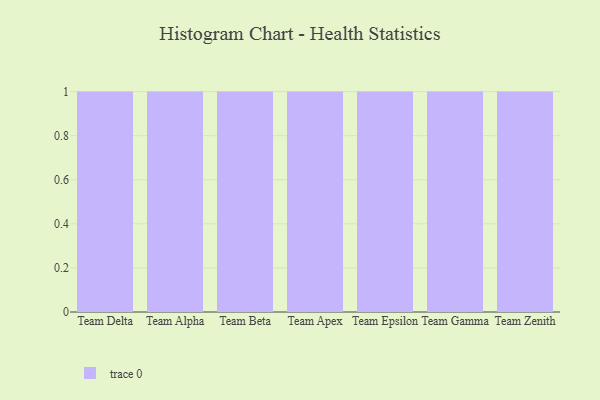
{"axis": {"x": "Team", "y": "Page Views"}, "legend": [""], "data": [{"x": "Team Delta", "y": 10, "type": ""}, {"x": "Team Alpha", "y": 88, "type": ""}, {"x": "Team Beta", "y": 82, "type": ""}, {"x": "Team Apex", "y": 33, "type": ""}, {"x": "Team Epsilon", "y": 49, "type": ""}, {"x": "Team Gamma", "y": 15, "type": ""}, {"x": "Team Zenith", "y": 9, "type": ""}]}